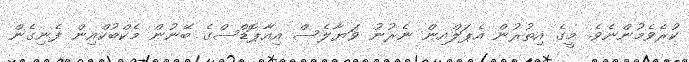
ކުރެވެމުންނެވެ. މީގެ އިތުރުން އެޕަލްއިން ނެރުނު ވަޔާލެސް އިއާޕޮޑްސްގެ ބޭނުން މެކްބުކްއިން ފެނިގެން